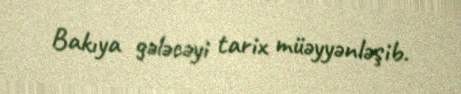
Bakıya gələcəyi tarix müəyyənləşib.